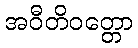
အဝီတိဝတ္တော